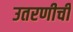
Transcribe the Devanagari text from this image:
उतरणीची